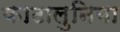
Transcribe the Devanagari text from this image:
काटालुनिया